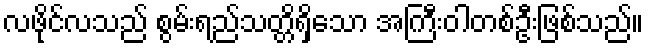
လဖိုင်လသည် စွမ်းရည်သတ္တိရှိသော အကြီးဝါတစ်ဦးဖြစ်သည်။